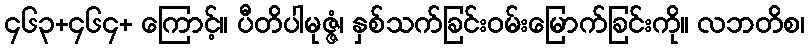
၄၆၃+၄၆၄+ ကြောင့်။ ပီတိပါမုဇ္ဇံ၊ နှစ်သက်ခြင်းဝမ်းမြောက်ခြင်းကို။ လဘတိစ၊